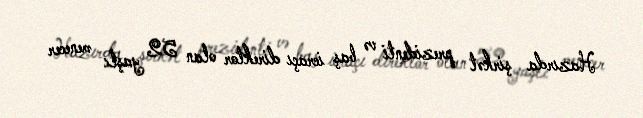
Hazırda şirkət prezidenti və baş icraçı direktor olan 52 yaşlı menecer